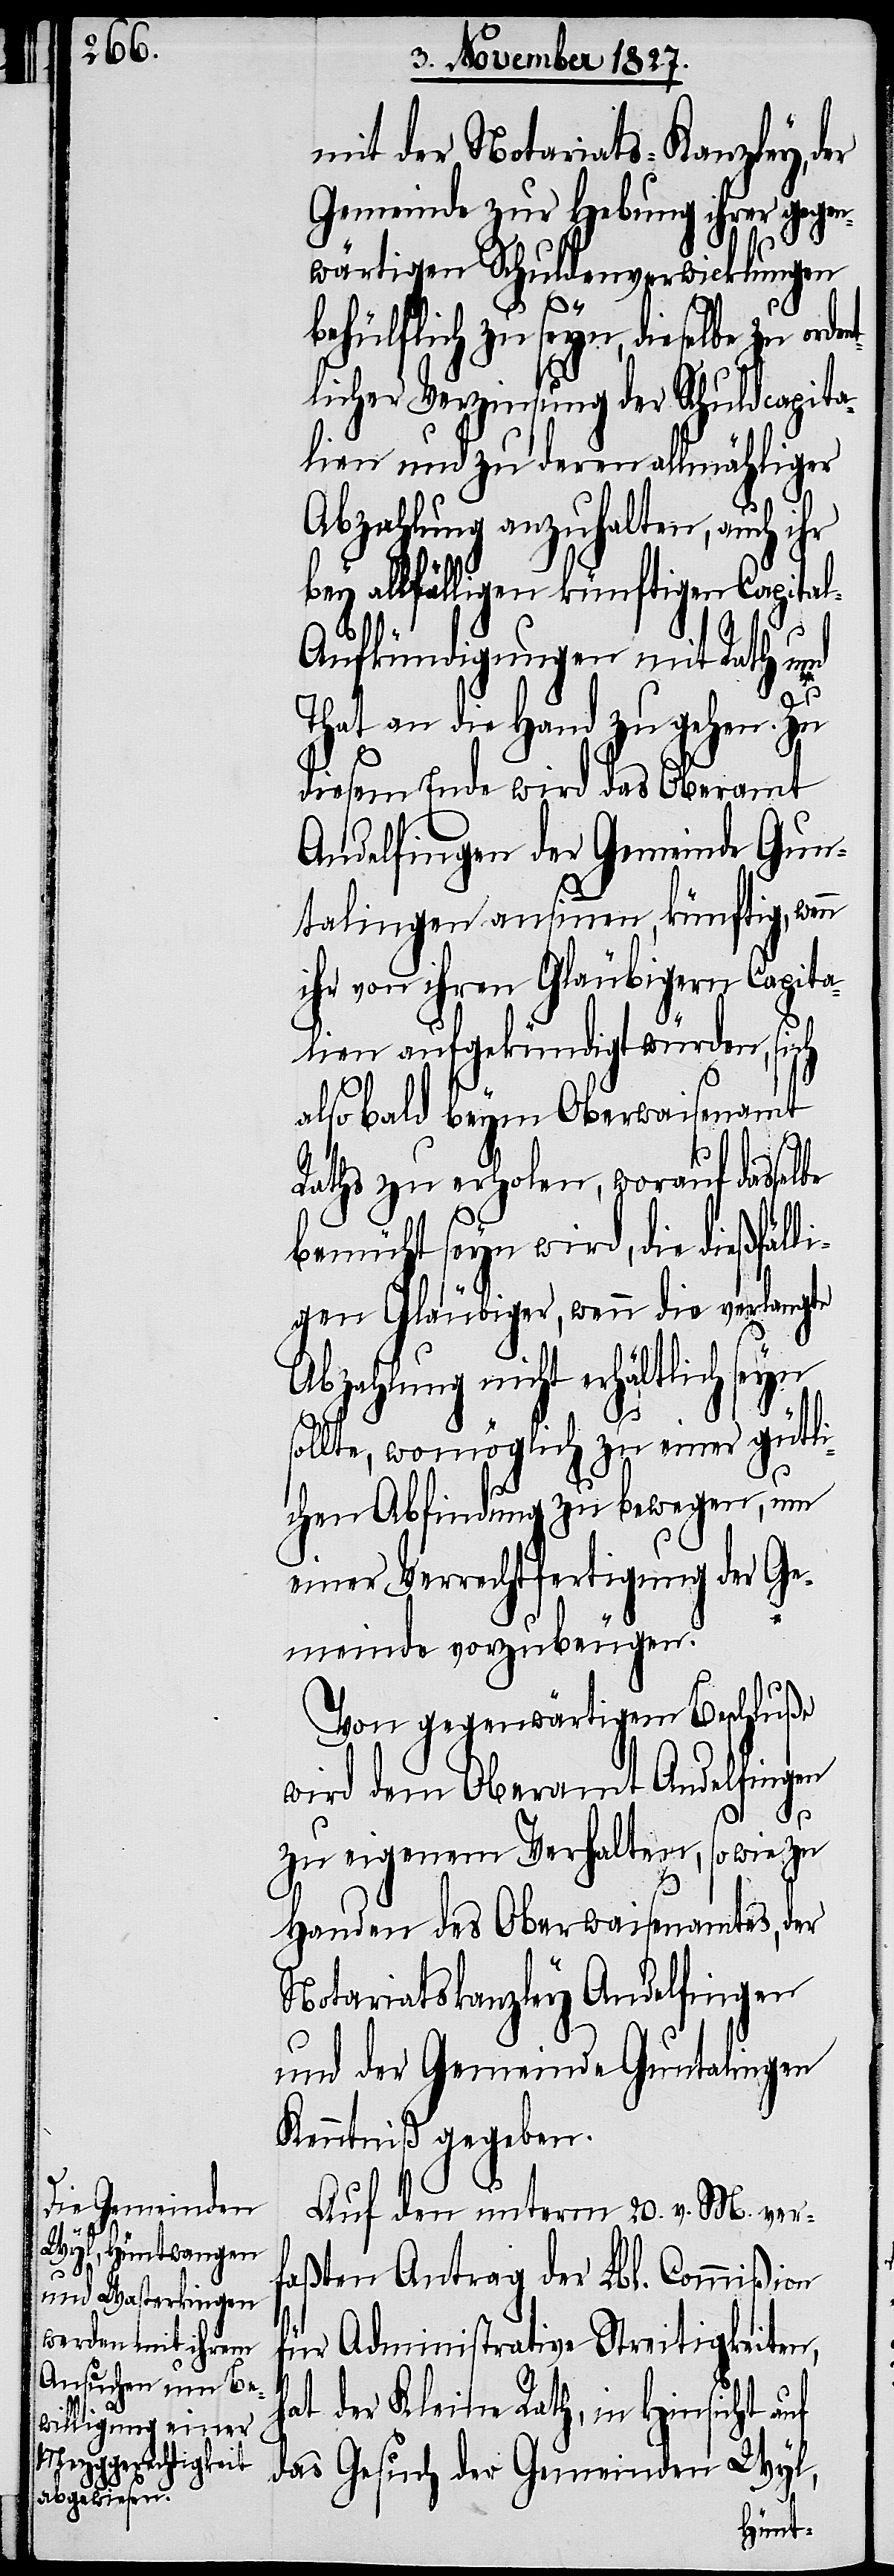
mit der Notariats-Kanzley, der
Gemeinde zur Hebung ihrer gegen¬
wärtigen Schuldenverwicklungen
behülflich zu seyn, dieselbe zu or¬
tlicher Verzinsung der Schuldacpita¬
lien und zu deren allmähliger
be
Abzahlung anzuhalten, auch ihr
bey allfälligen künftigen Capita¬
l-Aufkündigungen mit Rath und
That an die Hand zu gehen. Zu
diesem Ende wird das Oberamt
Andelfingen der Gemeinde Gun¬
talingen ansinnen, künftig, wenn
ihr von ihren Gläubigern Capita¬
lien aufgekündigt würden, sich
also bald beym Oberwaisenamt
Raths zu erholen, worauf dassel¬
bemüht seyn wird, die dießfäl¬
ligen Gläubiger, wenn die verlangte
Abzahlung nicht erhältlich seyn
sollte, womöglich zu einer gütli¬
chen Abfindung zu bewegen, um
einer Verrechtfertigung der Ge¬
meinde vorzubeugen.
Von gegenwärtigem Beschluße
wird dem Oberamt Andelfingen
zu eigenem Verhalten, sowie zu
Handen des Oberwaisenamtes, der
Notariatskanzley Andelfingen
und der Gemeinde Guntalingen
Kenntniß gegeben.
Auf den unterm 20. v. M ver¬
faßten Antrag der Lbl. Commißion
für Administrative Streitigkeiten,
der Kleine Rath, in Hinsicht auf
hat
das Gesuch der Gemeinden Wyl,